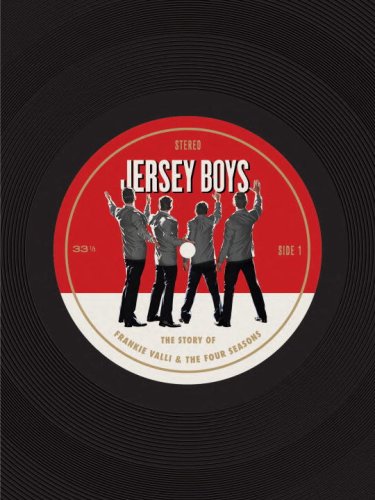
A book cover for Jersey Boys: The Story of Frankie Valli & the Four Seasons; David Cote; Biographies & Memoirs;